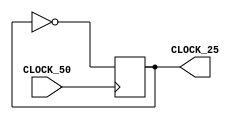

module clock_25 (
    CLOCK_50,
    CLOCK_25
);
    input CLOCK_50;
    output CLOCK_25;
    reg CLOCK_25;

    always @(posedge CLOCK_50) begin
        CLOCK_25 <= ~CLOCK_25;
    end
 
endmodule